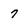
Character: 7